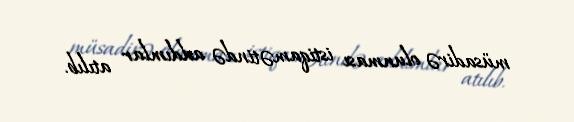
müsadirə olunması istiqamətində addımlar atılıb.